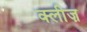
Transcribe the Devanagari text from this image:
क्लीज़